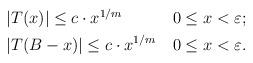
LaTeX: \begin{align*} \begin{aligned} &\left| T(x) \right| \leq c \cdot x^{1/m} & \, 0 \leq x < \varepsilon ; \\ &\left| T(B-x)\right| \leq c \cdot x^{1/m} & \, 0 \leq x < \varepsilon .\\ \end{aligned} \end{align*}